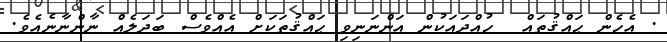
. އެހެން ޙައްޤުތައް  ހުއްދައަކުން އަންނަނިވި ޙައްޤުތަކަށް އެއްވެސް ބަދަލެއް ނާންނާނެއެވެ.